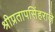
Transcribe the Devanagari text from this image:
श्रीप्रतापसिंहराजे